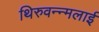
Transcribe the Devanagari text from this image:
थिरुवन्न्मलाई